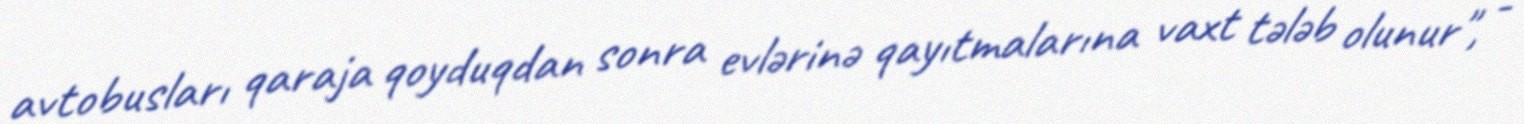
avtobusları qaraja qoyduqdan sonra evlərinə qayıtmalarına vaxt tələb olunur", -